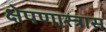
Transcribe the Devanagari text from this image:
क्षेपणास्त्रास